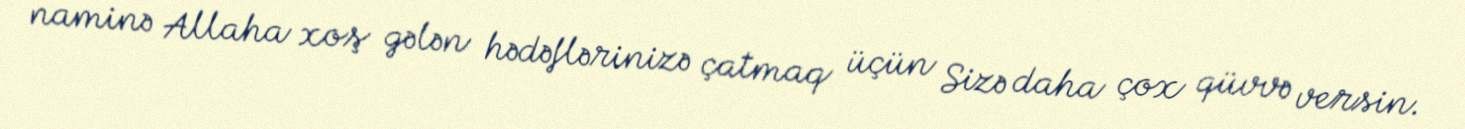
naminə Allaha xoş gələn hədəflərinizə çatmaq üçün Sizə daha çox qüvvə versin.